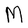
Character: M